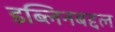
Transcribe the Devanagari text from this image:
डब्लिनबद्दल